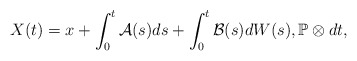
\begin{align*}X(t) = x + \int_0^t \mathcal{A}(s) ds + \int_0^t \mathcal{B}(s) dW(s) , \mathbb{P}\otimes dt ,\end{align*}